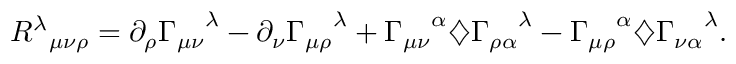
{ R ^ { \lambda } } _ { \mu \nu \rho } = \partial _ { \rho } { \Gamma _ { \mu \nu } } ^ { \lambda } - \partial _ { \nu } { \Gamma _ { \mu \rho } } ^ { \lambda } + { \Gamma _ { \mu \nu } } ^ { \alpha } \diamondsuit { \Gamma _ { \rho \alpha } } ^ { \lambda } - { \Gamma _ { \mu \rho } } ^ { \alpha } \diamondsuit { \Gamma _ { \nu \alpha } } ^ { \lambda } .